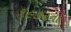
૧૯૭૨ના